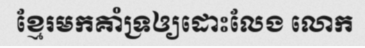
ខ្មែរមកគាំទ្រឲ្យដោះលែង លោក